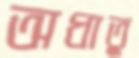
অধাতু